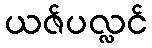
ယဇ်ပလ္လင်